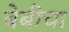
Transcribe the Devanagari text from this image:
बेबीचा